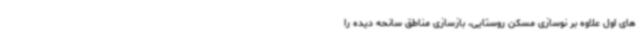
های اول علاوه بر نوسازی مسکن روستایی، بازسازی مناطق سانحه دیده را